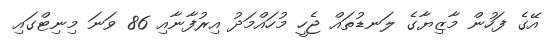
އޭގެ ފަހުން މާޒިޔާގެ ލަނޑުތައް ޖެހީ މުހައްމަދު އިރުފާނާއި 86 ވަނަ މިނިޓްގައި